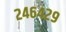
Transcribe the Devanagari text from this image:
२४६४२९